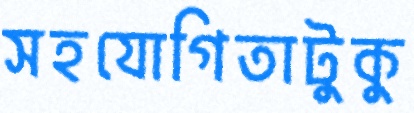
সহযোগিতাটুকু